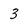
Character: 3